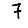
Digit: 7